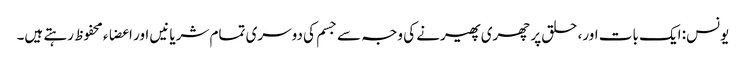
یونس: ایک بات اور، حلق پر چھری پھیرنے کی وجہ سے جسم کی دوسری تمام شریانیں اور اعضاء محفوظ رہتے ہیں۔